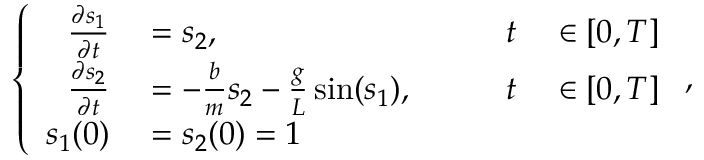
\left\{ \begin{array} { r l r l } { \frac { \partial s _ { 1 } } { \partial t } } & { { } = s _ { 2 } , \qquad } & { t } & { { } \in [ 0 , T ] } \\ { \frac { \partial s _ { 2 } } { \partial t } } & { { } = - \frac { b } { m } s _ { 2 } - \frac { g } { L } \sin ( s _ { 1 } ) , \qquad } & { t } & { { } \in [ 0 , T ] } \\ { s _ { 1 } ( 0 ) } & { { } = s _ { 2 } ( 0 ) = 1 } \end{array} \right. ,